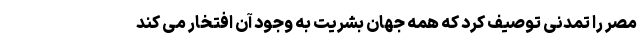
مصر را تمدنی توصیف کرد که همه جهان بشریت به وجود آن افتخار می کند